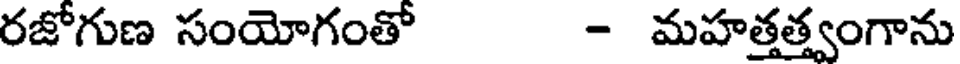
రజోగుణ సంయోగంతో - మహత్తత్త్వంగాను